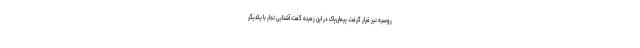
روسیه نیز قرار گرفت. پیمان‌پاک در این زمینه گفت: آشنایی تجار با یکدیگر